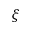
\xi